Annual report of the Civil Veterinary Department, Bengal, for the year 1896-97 - 1896-1897
Year: 1896
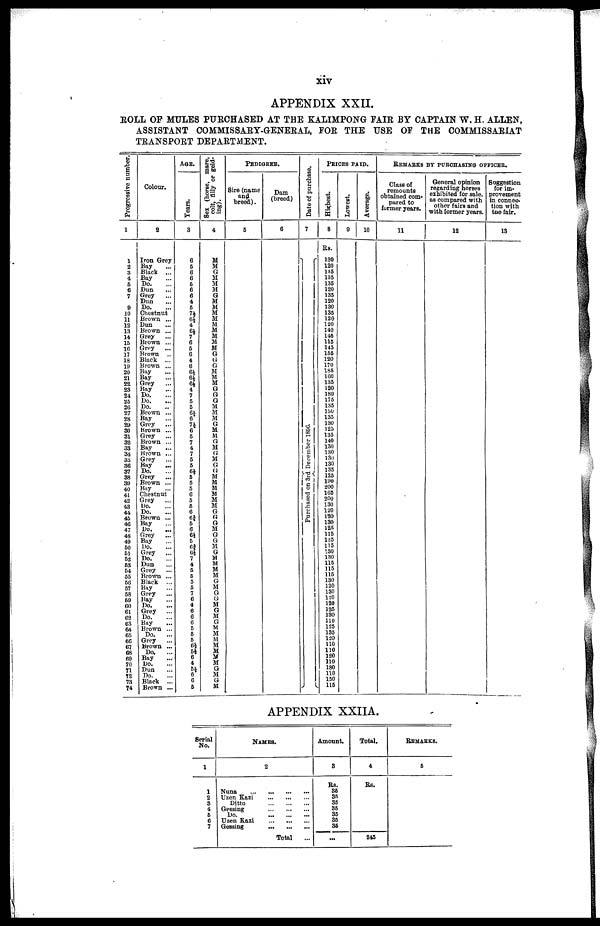
xiv
APPENDIX XXII.
ROLL OF MULES PURCHASED AT THE KALIMPONG FAIR BY CAPTAIN W. H. ALLEN,
ASSISTANT COMMISSARY-GKENERAL, FOR THE USE OF THE COMMISSARIAT
TRANSPORT DEPARTMENT.
Progressive number.
1
1
2
3
4
5
6
7
8 9
10
11
12
13
14
15
16
17
18
19
20
21
22
23
24
25
26
27
28
29
30
31
32
33
34
35
36
37
38
39
40
41
42
43
44
45
46
47
48
49
50
61
52
53
54
55
56
57
58
59
60
61
62
63
64
65
66
67
68
69
70
71
72
73
74
Colour.
2
Iron Grey
Bay ...
Black ...
Bay ...
Do. ...
Dun ...
Grey ...
Dun ...
Do. ...
Chestnut
Brown ...
Dun ...
Brown ...
Grey ...
Brown ...
Grey
...
Brown ...
Black ...
Brown ...
Bay ...
Bay ...
Grey ...
Bay ...
Do. ...
Do. ...
Do. ...
Brown ...
Bay ...
Grey ...
Brown ...
Grey ...
Brown ...
Bay ...
Brown ...
Grey ...
Bay ...
Do. ...
Grey ...
Brown ...
Bay ...
Chestnut
Grey ...
Do. ...
Do. ...
Brown ...
Bay ...
Do. ...
Grey ...
Bay ...
Do. ...
Grey ...
Do.
...
Dun ...
Grey ...
Brown ...
Black ...
Bay ...
Grey ...
Bay ...
Do. ...
Grey ...
Do. ...
Bay ...
Brown ...
Do.
...
Grey ...
Brown ...
Do. ...
Bay ...
Do. ...
Dun ...
Do. ...
Black ...
Brown ...
AGE.
Years.
3
6
5
6
6
5
6
6
4
6
7½
6½ 4
6½
7
6
5
6
4
6
6½
6½
6½ 4
7
5
5
9
7½
6
5
7
4
7
5
5
6½
5
5
5
6
5
5
6
63/4
5
6
6½
5
63/4
6½ 7
4
5
6
5
5
7
6
4 6
6
6
5
5
5
6½
5½
6
4
5½
6 6
6
Sex (horse, mare,
colt, filly or geld-
ing).
4
M
M
G
M
M
M
G
M
M
M
M
M
M
M
M
M
G
G
G
M
M
M
G
G
G
M
M
M
G
M
M
G
M
G
M
G
M
M
M
M
M
M
G
G
G
M
G
G
M
G
M
M
M
M
G
M
G
G
M
G
M
G
M
M
M
M
M
M
M
G
M
G
M
PEDIGREE.
Sire (name
and
breed).
5
Dam
(breed)
6
Date of purchase.
7
Purchased on 3rd December 1896.
J
PRICES PAID.
Highest.
8
Rs.
130
120
185
135
135
120
135
120
130
135
120
120
140
145
115
145
155
120
170
185
100
135
120
180
175
135
150
135
130
125
135
140
130
130
130
130
135
125
190
200
165
200
130
120
120
130
125
115
125
115
130
130
115
115
115
130
120
130
120
120
125
130
110
125
135
120
110
110
120
110
180
110
150
115
Lowest.
9
Average.
10
REMARKS BY PURCHASING OFFICER.
Class of
remounts
obtained com-
pared to
former years.
11
General opinion
regarding horses
exhibited for sale,
as compared with
other fairs and
with former years.
12
Suggestion
for im-
provement
in connec-
tion with
the fair.
13
APPENDIX XXIIA.
Serial
No.
1
1
2
3
4
5
6
7
NAMES.
2
Nuna
...
...
...
...
Uzen Kazi
...
...
...
Ditto
...
...
...
Gessing
...
...
...
Do.
...
...
...
Uzen Kazi
...
...
...
Gessing
..
...
...
Total ...
Amount.
3
Rs.
36
35
35
35
35
35
35
...
Total.
4
Rs.
245
REMARKS.
6